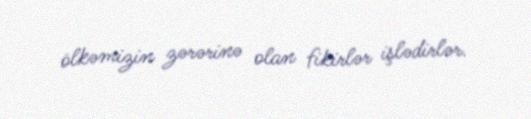
ölkəmizin zərərinə olan fikirlər işlədirlər.